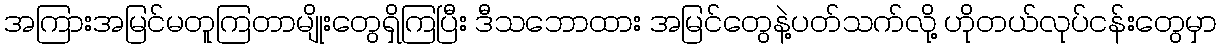
အကြားအမြင်မတူကြတာမျိုးတွေရှိကြပြီး ဒီသဘောထား အမြင်တွေနဲ့ပတ်သက်လို့ ဟိုတယ်လုပ်ငန်းတွေမှာ